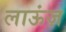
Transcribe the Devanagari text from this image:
लाऊंज़